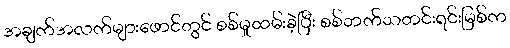
အချက်အလက်များဖောင်တွင် စစ်မှုထမ်းခဲ့ပြီး စစ်ဘက်သတင်းရင်းမြစ်က